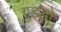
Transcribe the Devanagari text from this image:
गुइडो